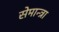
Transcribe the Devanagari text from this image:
सेमान्त्रा